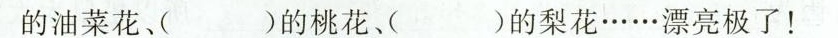
的油菜花、( )的桃花、( )的梨花……漂亮极了！